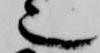
也